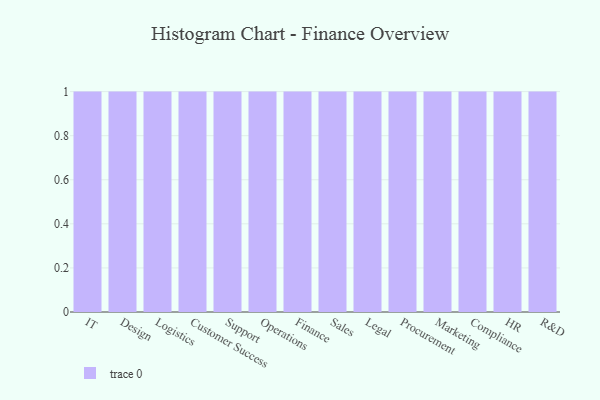
{"axis": {"x": "Department", "y": "Humidity (%)"}, "legend": [""], "data": [{"x": "IT", "y": 40, "type": ""}, {"x": "Design", "y": 80, "type": ""}, {"x": "Logistics", "y": 67, "type": ""}, {"x": "Customer Success", "y": 93, "type": ""}, {"x": "Support", "y": 93, "type": ""}, {"x": "Operations", "y": 68, "type": ""}, {"x": "Finance", "y": 88, "type": ""}, {"x": "Sales", "y": 50, "type": ""}, {"x": "Legal", "y": 8, "type": ""}, {"x": "Procurement", "y": 11, "type": ""}, {"x": "Marketing", "y": 23, "type": ""}, {"x": "Compliance", "y": 66, "type": ""}, {"x": "HR", "y": 53, "type": ""}, {"x": "R&D", "y": 100, "type": ""}]}